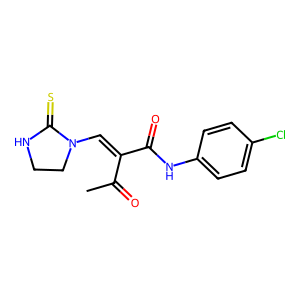
SMILES: CC(=O)C(=CN1CCNC1=S)C(=O)Nc1ccc(Cl)cc1
Inhibits HIV replication: No